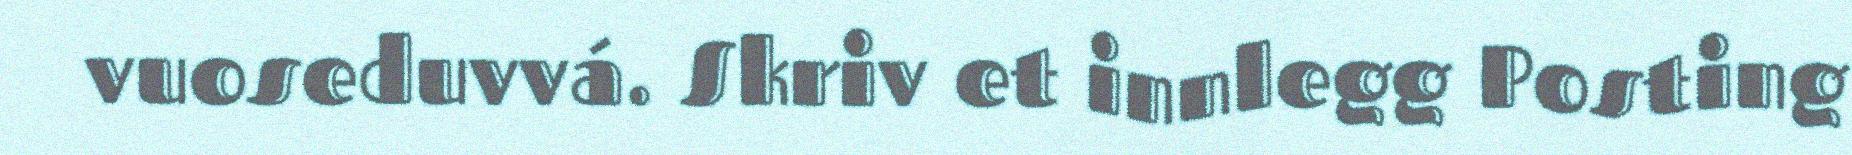
vuoseduvvá. Skriv et innlegg Posting